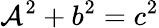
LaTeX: \mathcal{A}^{2}+b^{2}=c^{2}